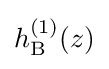
h_{\rm {B}}^{(1)}(z)